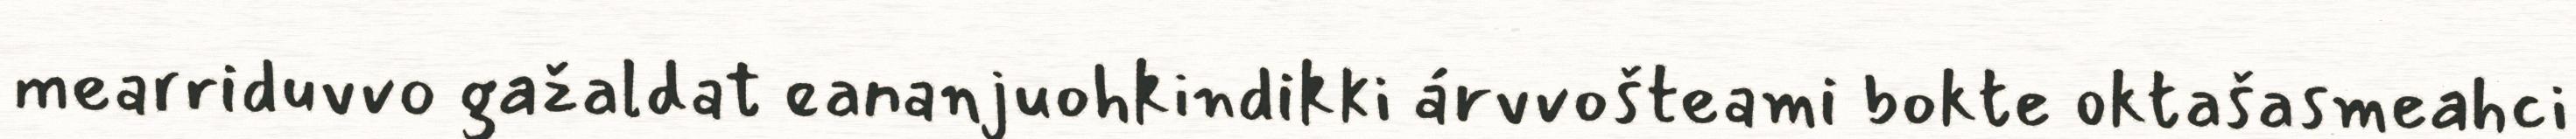
mearriduvvo gažaldat eananjuohkindikki árvvošteami bokte oktašasmeahci